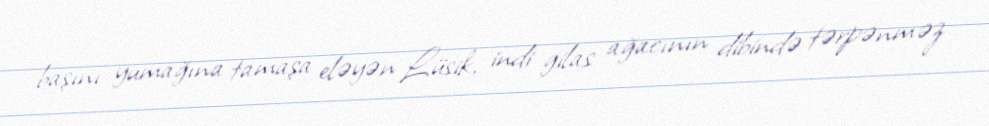
başını yumağına tamaşa eləyən Lüsik, indi gilas ağacının dibində tərpənməz